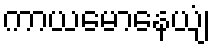
ကာယမောနေယျံ